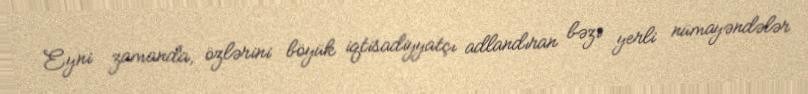
Eyni zamanda, özlərini böyük iqtisadiyyatçı adlandıran bəzi yerli nümayəndələr